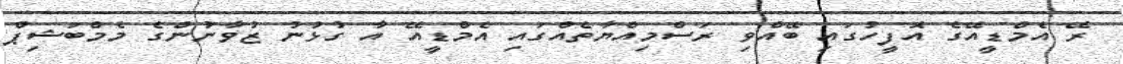
ރޭ އެމްޑީއޭގެ އޮފީހުގައި ބޭއްވި ރަސްމިއްޔާތެއްގައި އެމްޑީއޭ އާ ގުޅުނު ޒުވާނުންގެ މެމްބަޝިޕް